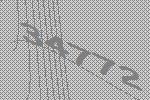
34772